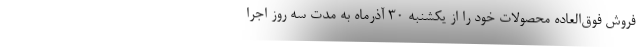
فروش فوق‌العاده محصولات خود را از یکشنبه ۳۰ آذرماه به مدت سه روز اجرا